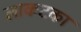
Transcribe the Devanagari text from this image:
लाकटका